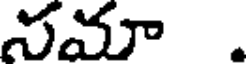
సమా .